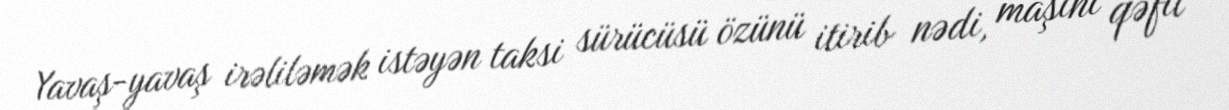
Yavaş-yavaş irəliləmək istəyən taksi sürücüsü özünü itirib nədi, maşını qəfil